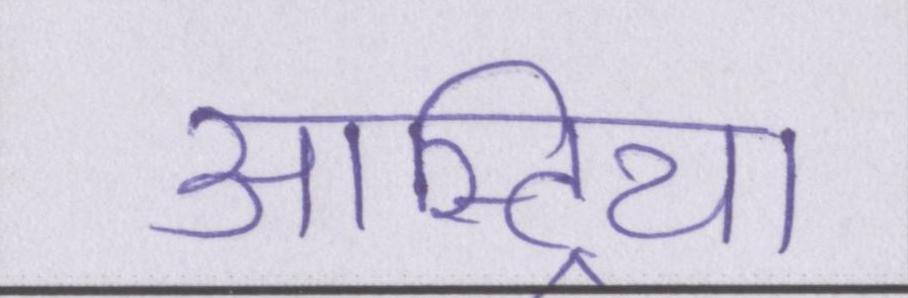
आस्ट्रिया